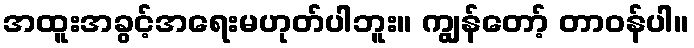
အထူးအခွင့်အရေးမဟုတ်ပါဘူး။ ကျွန်တော့် တာဝန်ပါ။